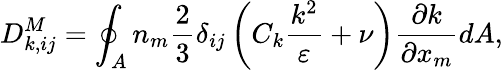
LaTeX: D_{k,ij}^{M}=\oint_{A}n_{m}\frac{2}{3}\delta_{ij}\left(C_{k}\frac{k^{2}}{\varepsilon}+\nu\right)\frac{\partial k}{\partial x_{m}}dA,